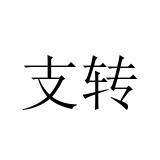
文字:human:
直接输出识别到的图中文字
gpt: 支转